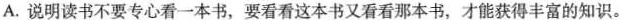
A.说明读书不要专心看一本书，要看看这本书又看看那本书，才能获得丰富的知识。